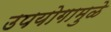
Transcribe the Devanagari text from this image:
उपयोगामुळे